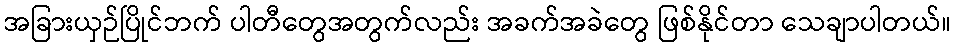
အခြားယှဉ်ပြိုင်ဘက် ပါတီတွေအတွက်လည်း အခက်အခဲတွေ ဖြစ်နိုင်တာ သေချာပါတယ်။